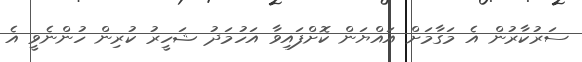
ސަރުކާރުން އެ މަގާމަށް އައްޔަން ކޮށްފައިވާ އަހުމަދު ޝަހީރު ކުރިން ހުންނެވީ އެ